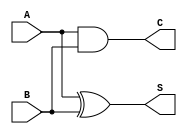
module current_mode_half_adder (
    input wire A,  // Current signal input A
    input wire B,  // Current signal input B
    output wire S, // Sum output
    output wire C  // Carry output
);

// Sum output using XOR operation
assign S = A ^ B;

// Carry output using AND operation
assign C = A & B;

endmodule